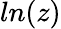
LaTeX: ln(z)